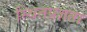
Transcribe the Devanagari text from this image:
स्थितप्रज्ञता